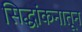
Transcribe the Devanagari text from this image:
सिद्धांकनातून